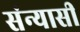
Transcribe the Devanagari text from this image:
संन्‍यासी